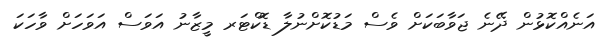
އަނެއްކޮޅުން ދޭނެ ޖަވާބަކަށް ވެސް މަޑުކޮށްނުލާ ޑޮކްޓަރ މީޒާނު އަވަސް އަވަހަށް ވާހަކަ